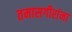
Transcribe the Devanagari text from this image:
तमासगीरांना